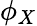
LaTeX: \phi_{X}